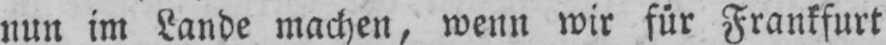
nun im Lande machen, wenn wir für Frankfurt